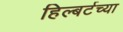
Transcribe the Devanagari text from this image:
हिल्बर्टच्या